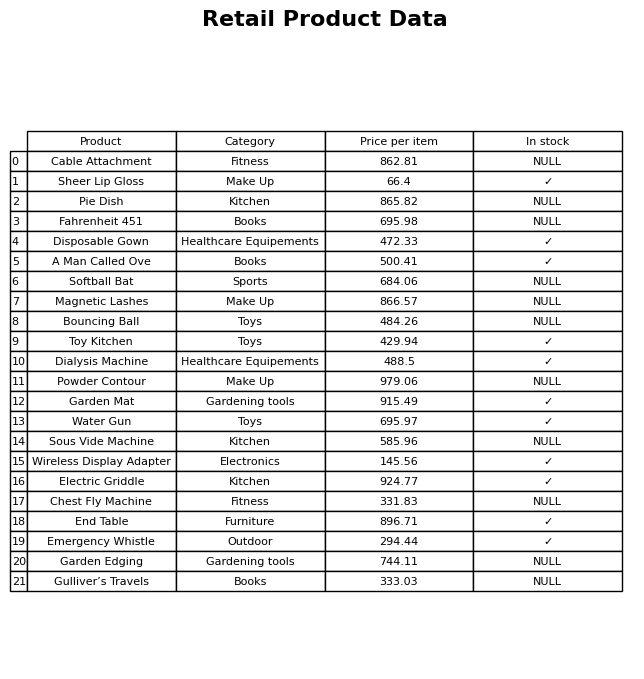
question: What is the price for Pie Dish?
answer: The price of Pie Dish is 865.82.